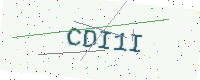
Text: CDI1I